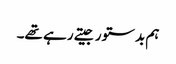
ہم بدستور جیتے رہے تھے۔